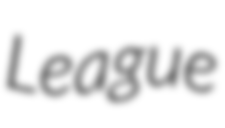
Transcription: League